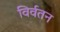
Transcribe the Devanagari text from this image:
विर्वतन